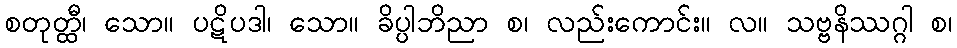
စတုတ္ထီ၊ သော။ ပဋိပဒါ၊ သော။ ခိပ္ပါဘိညာ စ၊ လည်းကောင်း။ လ။ သဗ္ဗနိဿဂ္ဂါ စ၊